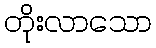
တိုးလာသော